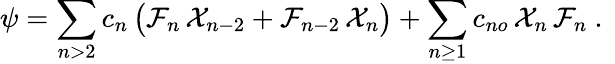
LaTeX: \psi=\sum_{n>2}c_{n}\, \big(\mathcal{F}_{n}\, \mathcal{X}_{n-2}+\mathcal{F}_{n-2}\, \mathcal{X}_{n}\big)+\sum_{n\ge 1}c_{no}\, \mathcal{X}_{n}\, \mathcal{F}_{n}\ .\